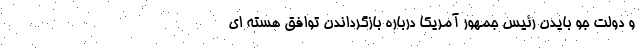
و دولت جو بایدن رئیس جمهور آمریکا درباره بازگرداندن توافق هسته ای